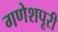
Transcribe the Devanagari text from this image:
गणेशपूरी